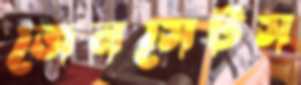
জেনসেটস